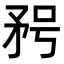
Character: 𥍣